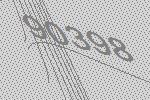
90398